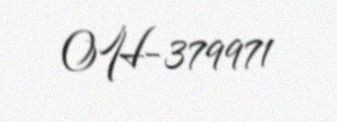
OH-379971